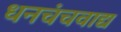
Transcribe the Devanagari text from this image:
धनचंचवाद्य